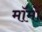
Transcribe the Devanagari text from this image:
मॉमों